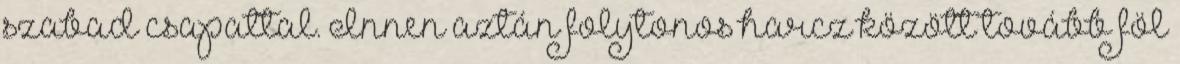
szabad csapattal. Innen aztán folytonos harcz között tovább föl